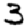
Digit: 3